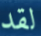
لقد